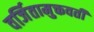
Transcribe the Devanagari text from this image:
वर्जितामुक्तवतीं